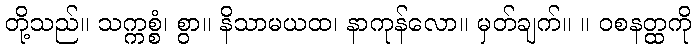
တို့သည်။ သက္ကစ္စံ၊ စွာ။ နိသာမယထ၊ နာကုန်လော။ မှတ်ချက်။ ။ ဝစနတ္ထကို